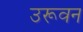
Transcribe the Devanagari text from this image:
उरूवन